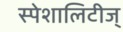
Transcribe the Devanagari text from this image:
स्पेशालिटीज्